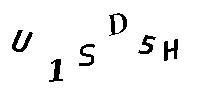
U1SD5H